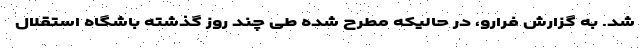
شد. به گزارش فرارو، در حالیکه مطرح شده طی چند روز گذشته باشگاه استقلال